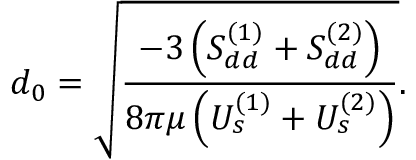
d _ { 0 } = \sqrt { \frac { - 3 \left( S _ { d d } ^ { ( 1 ) } + S _ { d d } ^ { ( 2 ) } \right) } { 8 \pi \mu \left( U _ { s } ^ { ( 1 ) } + U _ { s } ^ { ( 2 ) } \right) } } .